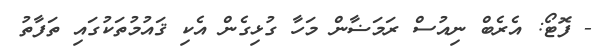
- ފޮޓޯ: އެރެބް ނިއުސް ރަމަޟާން މަހާ ގުޅިގެން އެކި ޤައުމުތަކުގައި ތަފާތު